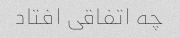
چه اتفاقی افتاد